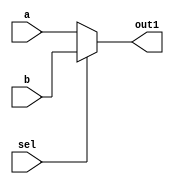
`timescale 1ns / 1ps
//////////////////////////////////////////////////////////////////////////////////
// Company: 
// Engineer: 
// 
// Design Name: 
// Module Name: select_32
// Project Name: 
// Target Devices: 
// Tool Versions: 
// Description: 
// 
// Dependencies: 
// 
// Revision:
// Revision 0.01 - File Created
// Additional Comments:
// 
//////////////////////////////////////////////////////////////////////////////////


module select_32(
input [31:0]a,
input [31:0]b,
input sel,
output [31:0]out1
    );
        assign out1=sel?b:a;
endmodule